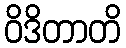
ဝိဒိတာတိ